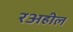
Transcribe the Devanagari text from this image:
रअहील